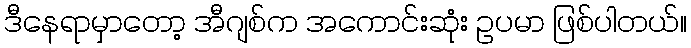
ဒီနေရာမှာတော့ အီဂျစ်က အကောင်းဆုံး ဥပမာ ဖြစ်ပါတယ်။